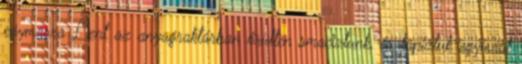
egymásra Lent az anyagraktárban őrülten smaciztunk, és tapiztuk egymást